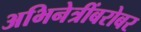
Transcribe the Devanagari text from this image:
अभिनेत्रींबरोबर